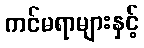
ကင်မရာများနှင့်